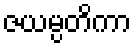
ဇယမ္ပတိကာ